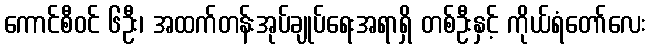
ကောင်စီဝင် ၆ဦး၊ အထက်တန်းအုပ်ချုပ်ရေးအရာရှိ တစ်ဦးနှင့် ကိုယ်ရံတော်လေး